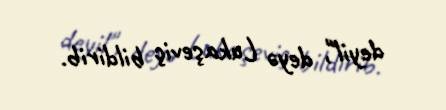
deyil", deyə Lukaşeviç bildirib.